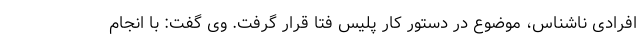
افرادی ناشناس، موضوع در دستور کار پلیس فتا قرار گرفت. وی گفت: با انجام